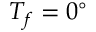
T _ { f } = 0 ^ { \circ }